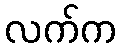
လက်က